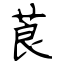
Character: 莨